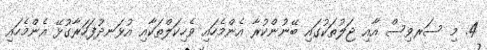
4. މި ސަރވިސް އާއި ޖަލުތަކުގައި ބޭނުންކުރާ އެންމެހައި ވެހިކަލްތަކާއި އުޅަނދުފަހަރާގުޅޭ އެންމެހައި